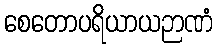
စေတောပရိယာယဉာဏံ